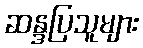
ဆန္ဒပြသူများ